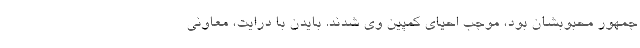
جمهور محبوبشان بود، موجب احیای کمپین وی شدند. بایدن با درایت، معاونی